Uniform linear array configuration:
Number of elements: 64
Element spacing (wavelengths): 0.25
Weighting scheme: hamming
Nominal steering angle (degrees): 0
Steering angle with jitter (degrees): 0.4861
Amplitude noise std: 0.05
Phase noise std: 0.05

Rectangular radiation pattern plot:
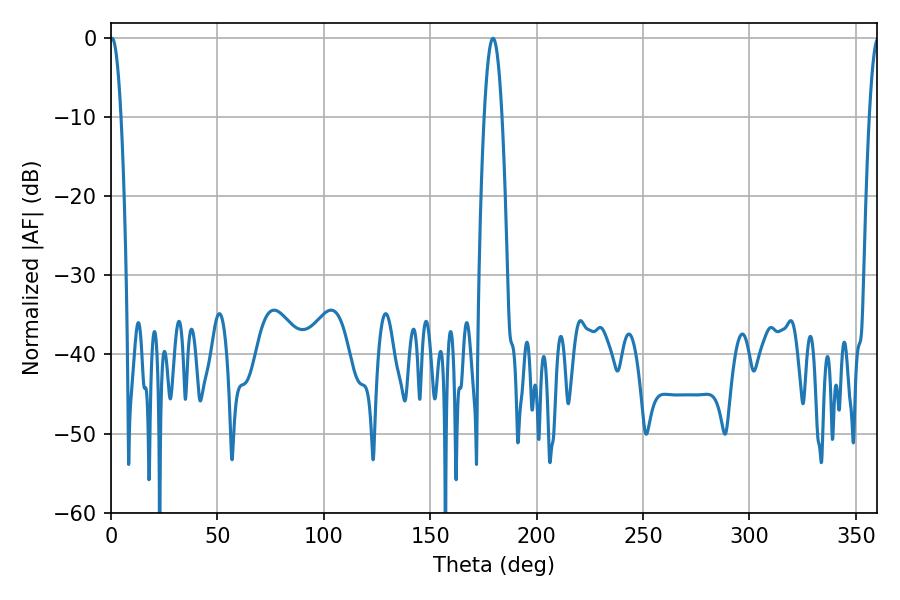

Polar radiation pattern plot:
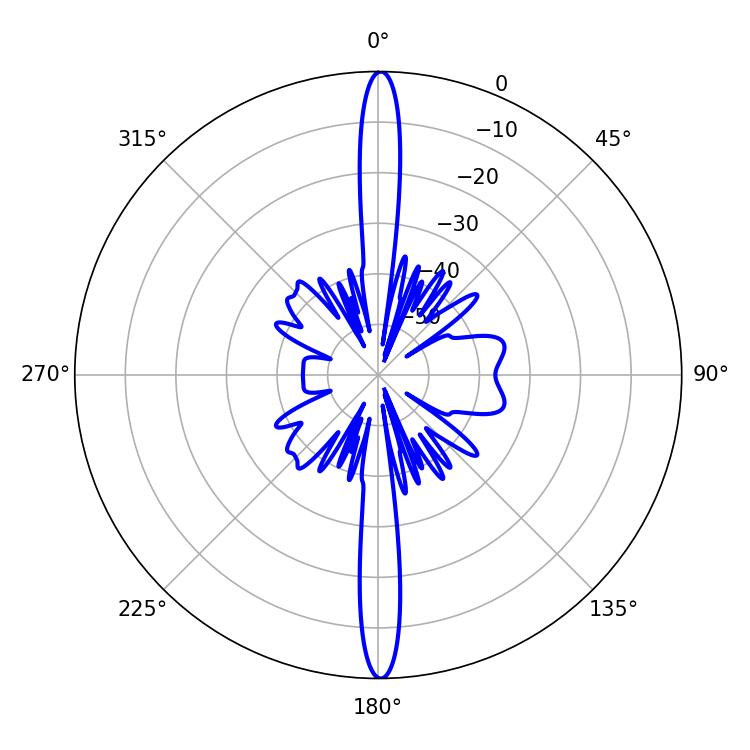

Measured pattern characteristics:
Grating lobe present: FALSE
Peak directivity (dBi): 30.896
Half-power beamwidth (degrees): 2.7
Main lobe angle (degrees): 0.54